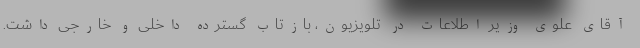
آقای علوی وزیر اطلاعات در تلویزیون، بازتاب گسترده داخلی و خارجی داشت.